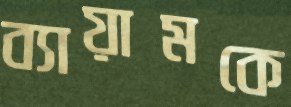
ব্যায়ামকে